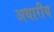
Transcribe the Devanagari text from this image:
अधारीय